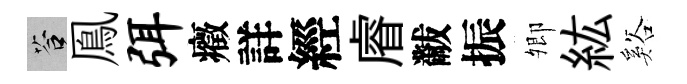
答鳯弭癥詳經𥈠黻振𡖖紘谿